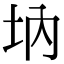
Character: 㘨